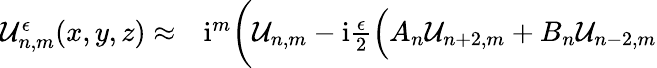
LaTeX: \begin{array}{rl}{\mathcal{U}_{n,m}^{\epsilon}(x,y,z)\approx}&{{}\mathrm{i}^{m}\bigg(\mathcal{U}_{n,m}-\mathrm{i}\frac{\epsilon}{2}\Big(A_{n}\mathcal{U}_{n+2,m}+B_{n}\mathcal{U}_{n-2,m}}\end{array}